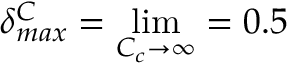
\delta _ { m a x } ^ { C } = \operatorname* { l i m } _ { { C _ { c } \rightarrow \infty } } = 0 . 5